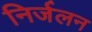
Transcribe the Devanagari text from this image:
निर्जलन